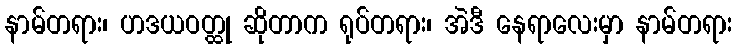
နာမ်တရား၊ ဟဒယဝတ္ထု ဆိုတာက ရုပ်တရား၊ အဲဒီ နေရာလေးမှာ နာမ်တရား